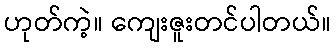
ဟုတ်ကဲ့။ ကျေးဇူးတင်ပါတယ်။